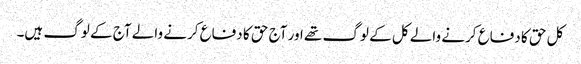
کل حق کا دفاع کرنے والے کل کے لوگ تھے اور آج حق کا دفاع کرنے والے آج کے لوگ ہیں۔